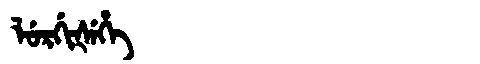
Manchu: ᠯᡠᡵᡤᡳᡧᡝᡥᡝ
Romanization: LURGIŠEHE